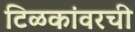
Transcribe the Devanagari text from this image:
टिळकांवरची